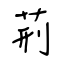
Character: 荊